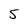
Character: 5